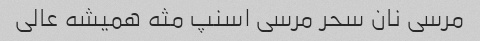
مرسی نان سحر مرسی اسنپ مثه همیشه عالی